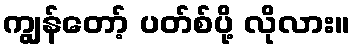
ကျွန်တော့် ပတ်စ်ပို့ လိုလား။